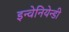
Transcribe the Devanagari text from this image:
इन्वेनियेन्डी